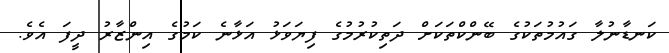
ކަނޑާނުލާ ގައުމުތަކުގެ ބޭންކްތަކަށް ދަތިކުރުމުގެ ފިޔަވަޅު އަޅާނެ ކަމުގެ އިންޒާރު ދީފަ އެވެ.